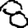
Digit: 8